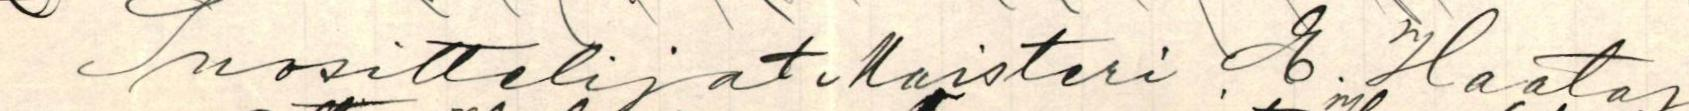
Suosittelijat Maisteri E. Haataja